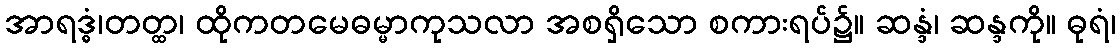
အာရဒ္ဓံ၊တတ္ထ၊ ထိုကတမေဓမ္မာကုသလာ အစရှိသော စကားရပ်၌။ ဆန္ဒံ၊ ဆန္ဒကို။ ဓုရံ၊